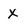
Character: X